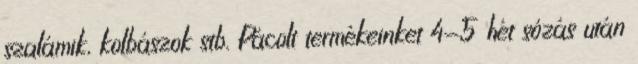
szalámik, kolbászok stb. Pácolt termékeinket 4-5 hét sózás után